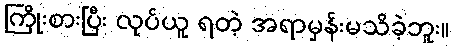
ကြိုးစားပြီး လုပ်ယူ ရတဲ့ အရာမှန်းမသိခဲ့ဘူး။